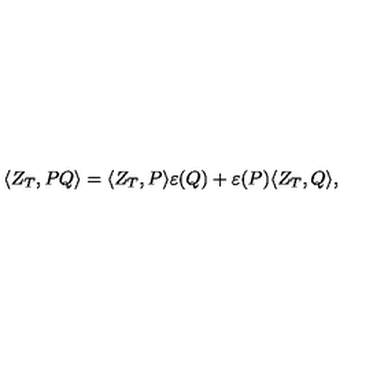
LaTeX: \langle Z _ { T } , P Q \rangle = \langle Z _ { T } , P \rangle \varepsilon ( Q ) + \varepsilon ( P ) \langle Z _ { T } , Q \rangle ,